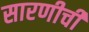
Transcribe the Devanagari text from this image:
सारणीची